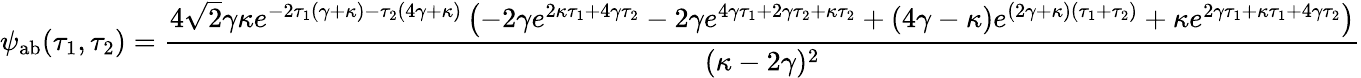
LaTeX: \psi_{\mathrm{ab}}(\tau_{1},\tau_{2})=\frac{4\sqrt{2}\gamma\kappa e^{-2\tau_{1}(\gamma+\kappa)-\tau_{2}(4\gamma+\kappa)}\left(-2\gamma e^{2\kappa\tau_{1}+4\gamma\tau_{2}}-2\gamma e^{4\gamma\tau_{1}+2\gamma\tau_{2}+\kappa\tau_{2}}+(4\gamma-\kappa)e^{(2\gamma+\kappa)(\tau_{1}+\tau_{2})}+\kappa e^{2\gamma\tau_{1}+\kappa\tau_{1}+4\gamma\tau_{2}}\right)}{(\kappa-2\gamma)^{2}}